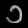
Digit: ၁